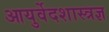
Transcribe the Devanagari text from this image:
आयुर्वेदशास्त्रज्ञ